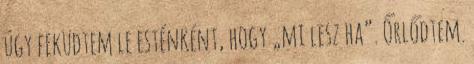
úgy feküdtem le esténként, hogy „mi lesz ha”. Őrlődtem.